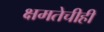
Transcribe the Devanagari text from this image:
क्षमतेचीही